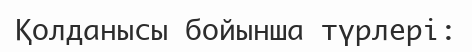
Қолданысы бойынша түрлері: